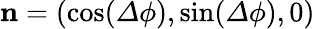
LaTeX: {\mathbf n}=(\cos({\mathit\Delta\phi}),\sin({\mathit\Delta\phi}),0)